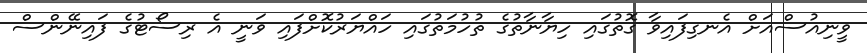
ވީނިއުސްއަށް އެނގިފައިވާ ގޮތުގައި ހިޔާނާތުގެ ތުހުމަތުގައި ހައްޔަރުކޮށްފައި ވަނީ އެ ރިސޯޓުގެ ފައިނޭންސް